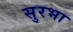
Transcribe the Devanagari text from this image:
सुरभा